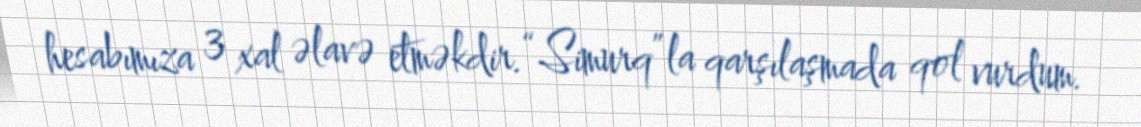
hesabımıza 3 xal əlavə etməkdir.“Simurq”la qarşılaşmada qol vurdum.